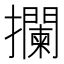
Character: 攔